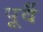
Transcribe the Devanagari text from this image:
पूर्वै